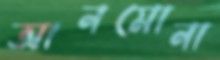
আনমোনা